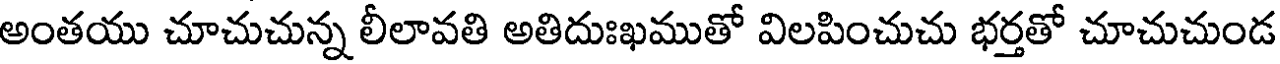
అంతయు చూచుచున్న లీలావతి అతిదుఃఖముతో విలపించుచు భర్తతో చూచుచుండ